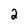
Character: 2